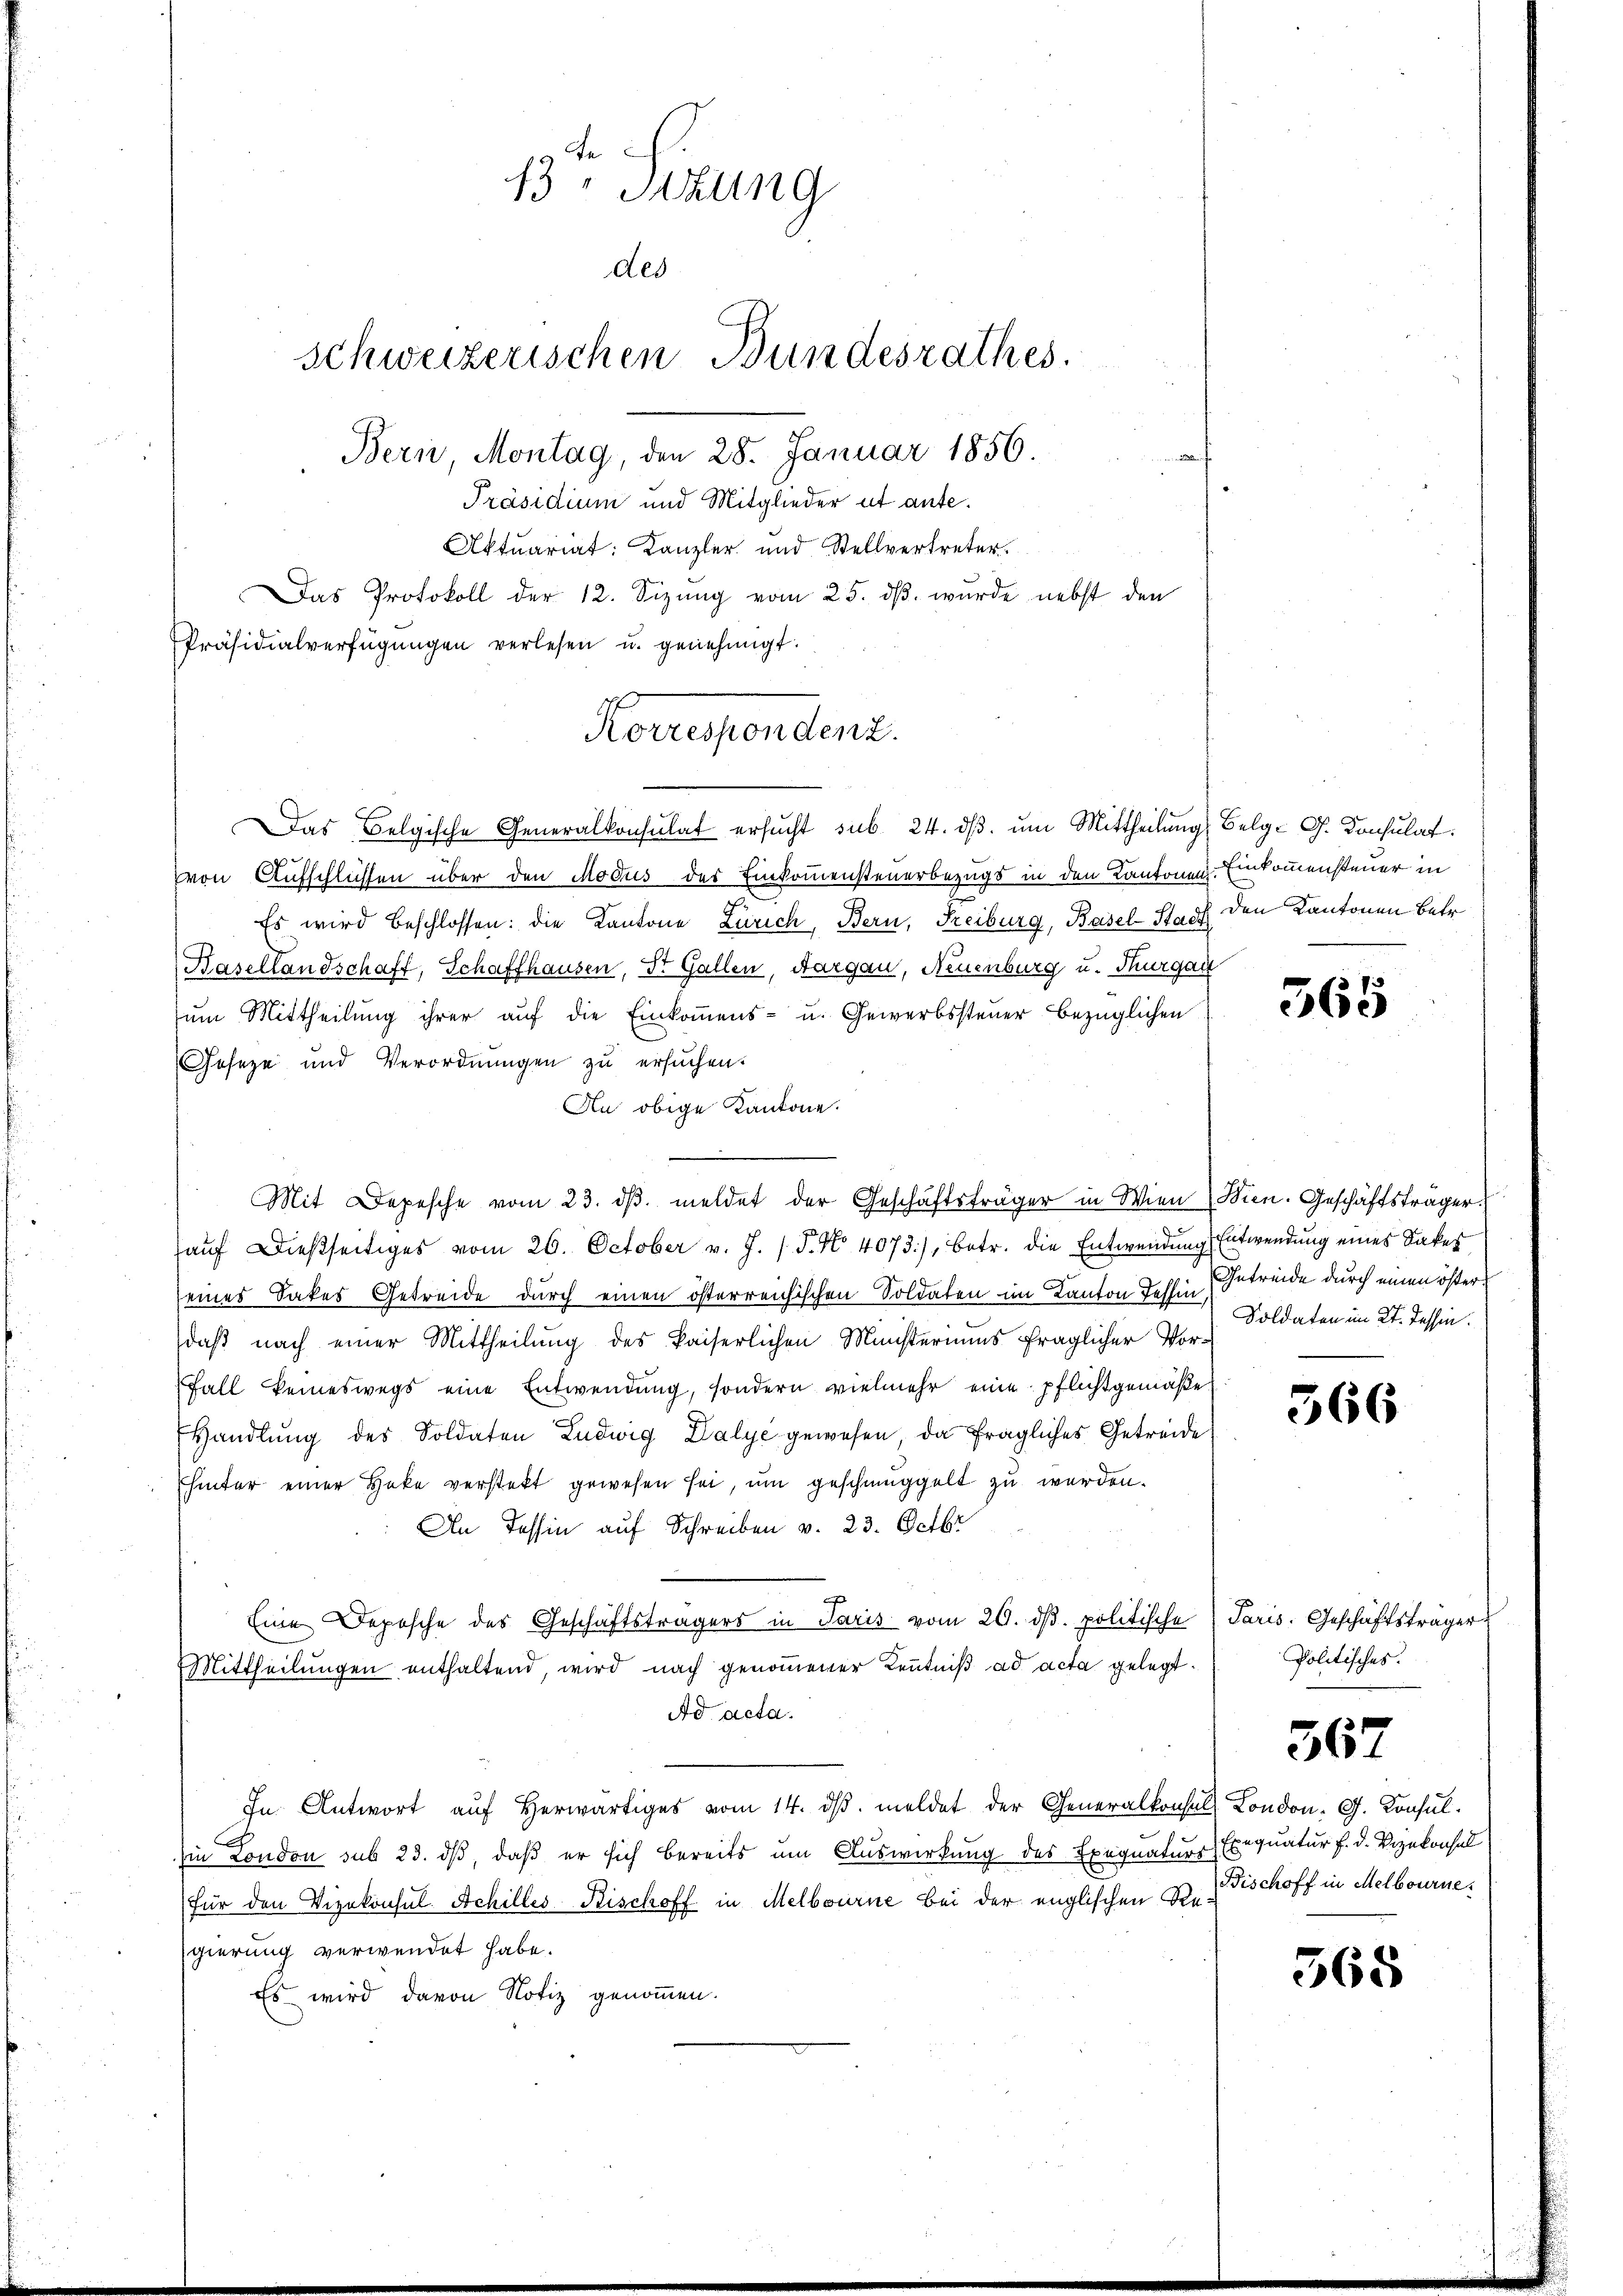
Aktuariat: Kanzler und Stellvertreter.
Das Protokoll der 12. Sizŭng vom 25. dβ. wurde nebst den
Präsidialverfügŭngen verlesen u. genehmigt.

13ten Sitzung
des
schweizerischen Bundesrathes.
Bern, Montag, den 28. Januar 1856.
Präsidium und Mitglieder ut ante.

Korrespondent.

Das Belgische Generalkonsulat ersŭcht sub. 24. dβ. ŭm Mittheilŭng
von Aufschlichen über den Modus des Einkommensteuerbezugs in den Kantonen
Es wird beschlossen: die Kantone Zürich, Bern, Freiburg, Basel-Stadt den Kantonen Betr
Basellandschaft, Schaffhausen, Dr. Gallen, Aargau, Neuenburg u. Thurgau
zum Mittheilung ihrer auf die Einkommens- u. Gewerbssteuer bezüglichen
Jeseze und Verordnungen zu ersuchen.
An obige Kantone.
Mit Depesche vom 23. dβ. meldet der Geschäftsträger in Wien (Wien. Geschäftsträger

aŭf dießseitiges vom 26. October v. J. / 5. No 4073), betr. die Entwendung Entwendung eines Dakes
seines Sakes Getreide durch einen österreichischen Soldaten im Kanton dessen Getreide durch einen österdaß nach einer Mittheilung des kaiserlichen Münsteriums fraglicher Vor¬
Fall keineswegs eine Entwendung, sondern vielmehr eine pflichtgemäße
Handlung des Soldaten Ludwig Dalye gewesen, da fragliches Getreide
hinter einer Hoke verstekt gewesen sei, um geschmuggelt zu werden.
An Tessin auf Schreiben v. 23. Octbr
e
Eine Deposche des Geschäftsträgers in Paris vom 20. ds. politische
Mittheilungen enthaltend, wird nach genoṁener Kenntniß ad acta gelegt
Ad acta.
In Antwort aŭf herwärtiges vom 14. dβ. meldet der Generalkonsul, London. G. Konsulhin London sub 23. dß, daß er sich bereits um Auswirkung des Exequaturs Exequatur f. d. Vizekonsul
Für den Vizekonsul Achilles Bischoff in Melbourne bei der englischen Dr. Fischoff in Melbourne,
gierung verwendet habe.
Es wird davon Notiz genommen.

Belgi G. Consulat
Einkommensteuer in

565

Soldaten im Kt. Tessin.

566

Paris. Geschäftsträger
Politisches.

367

368